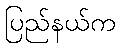
ပြည်နယ်က